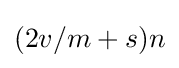
(2v/m+s)n